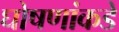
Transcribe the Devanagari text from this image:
घोषणांकडे